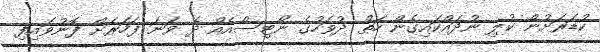
ކުޑަރަށުން ކުލި ނުދައްކައިގެން ހަތް ދުވަހުގެ ނޯޓިސްއެއް ދެ ވަނަ ފަހަރަށް ފޮނުވައިފި